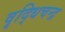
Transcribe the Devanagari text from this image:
वृद्धिचन्द्र